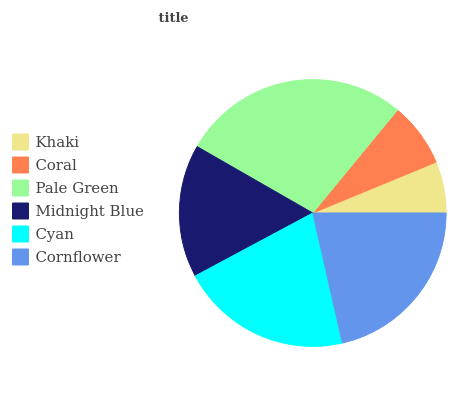
| Khaki | Coral | Pale Green | Midnight Blue | Cyan | Cornflower |
 | --- | --- | --- | --- | --- | --- |
 | 6.22% | 7.82% | 27.7% | 16.1% | 20.7% | 21.5% |